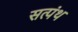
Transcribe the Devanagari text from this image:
सत्पंथ